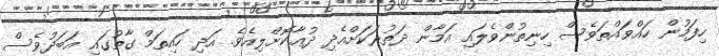
ހިފަމުން ހައްވައްތަވެސް ހިނިތުންވެލައި އަމާން ދަތުރަކަށްއެދި ދުޢާކޮށްލިއެވެ. އަދި ހައިތަމް ގާތުގައި އަބަދުވެސް